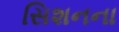
સિશનના